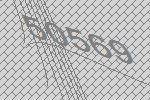
50569